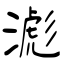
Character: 滮